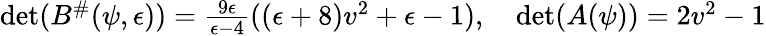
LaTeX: \begin{array}{r}{\operatorname*{det}(B^{\# }(\psi,\epsilon))=\frac{9\epsilon}{\epsilon-4}((\epsilon+8)v^{2}+\epsilon-1),\quad\operatorname*{det}(A(\psi))=2v^{2}-1}\end{array}